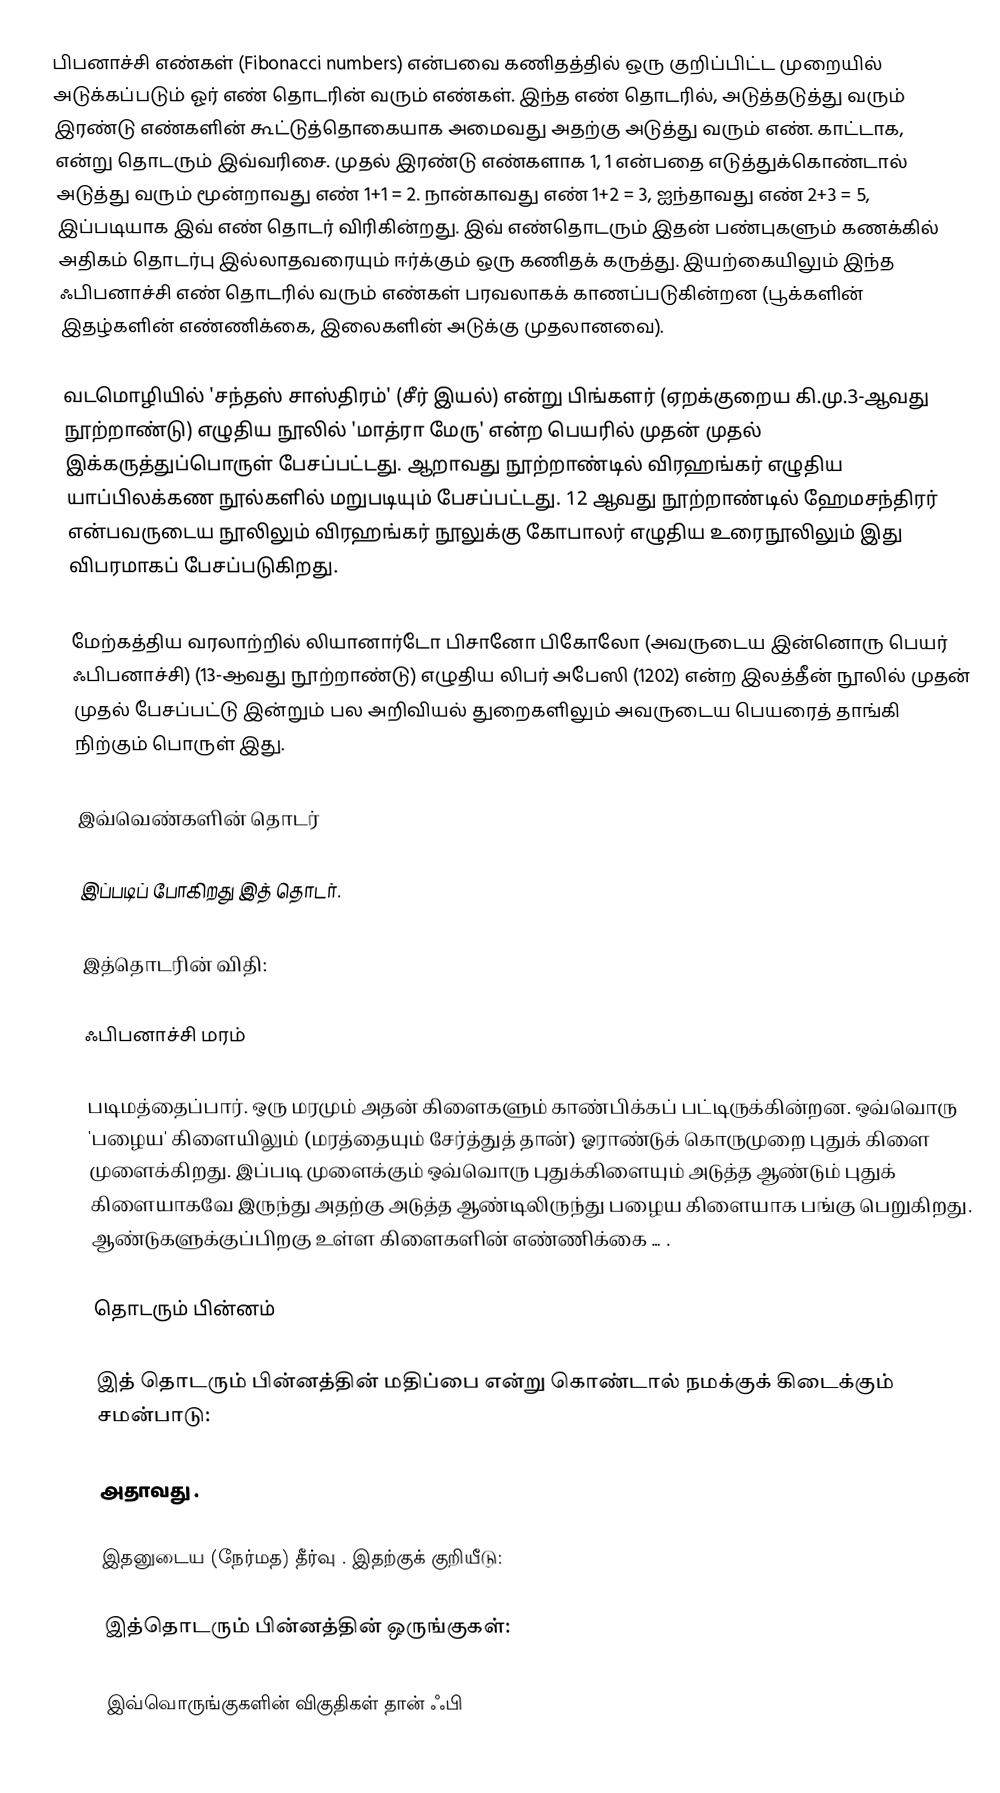
பிபனாச்சி எண்கள் (Fibonacci numbers) என்பவை கணிதத்தில் ஒரு குறிப்பிட்ட முறையில் அடுக்கப்படும் ஓர் எண் தொடரின் வரும் எண்கள். இந்த எண் தொடரில், அடுத்தடுத்து வரும் இரண்டு எண்களின் கூட்டுத்தொகையாக அமைவது அதற்கு அடுத்து வரும் எண். காட்டாக,  என்று தொடரும் இவ்வரிசை. முதல் இரண்டு எண்களாக 1, 1 என்பதை எடுத்துக்கொண்டால் அடுத்து வரும் மூன்றாவது எண் 1+1 = 2. நான்காவது எண் 1+2 = 3, ஐந்தாவது எண்  2+3 = 5, இப்படியாக இவ் எண் தொடர் விரிகின்றது. இவ் எண்தொடரும் இதன் பண்புகளும் கணக்கில் அதிகம் தொடர்பு இல்லாதவரையும் ஈர்க்கும் ஒரு கணிதக் கருத்து.  இயற்கையிலும்  இந்த ஃபிபனாச்சி எண் தொடரில் வரும் எண்கள் பரவலாகக் காணப்படுகின்றன (பூக்களின் இதழ்களின் எண்ணிக்கை, இலைகளின் அடுக்கு முதலானவை).

வடமொழியில் 'சந்தஸ் சாஸ்திரம்' (சீர் இயல்) என்று பிங்களர் (ஏறக்குறைய கி.மு.3-ஆவது நூற்றாண்டு) எழுதிய நூலில் 'மாத்ரா மேரு' என்ற பெயரில் முதன் முதல் இக்கருத்துப்பொருள் பேசப்பட்டது. ஆறாவது நூற்றாண்டில் விரஹங்கர் எழுதிய யாப்பிலக்கண நூல்களில் மறுபடியும் பேசப்பட்டது. 12 ஆவது நூற்றாண்டில் ஹேமசந்திரர் என்பவருடைய நூலிலும்  விரஹங்கர் நூலுக்கு கோபாலர் எழுதிய உரைநூலிலும் இது விபரமாகப் பேசப்படுகிறது.

மேற்கத்திய வரலாற்றில் லியானார்டோ பிசானோ பிகோலோ (அவருடைய இன்னொரு பெயர் ஃபிபனாச்சி) (13-ஆவது நூற்றாண்டு) எழுதிய லிபர் அபேஸி (1202)  என்ற இலத்தீன் நூலில்  முதன் முதல் பேசப்பட்டு இன்றும் பல அறிவியல் துறைகளிலும்  அவருடைய பெயரைத் தாங்கி நிற்கும்   பொருள் இது.

இவ்வெண்களின் தொடர்

இப்படிப் போகிறது இத் தொடர்.

இத்தொடரின் விதி:

ஃபிபனாச்சி மரம்

படிமத்தைப்பார். ஒரு மரமும் அதன் கிளைகளும் காண்பிக்கப் பட்டிருக்கின்றன. ஒவ்வொரு 'பழைய' கிளையிலும்  (மரத்தையும் சேர்த்துத் தான்) ஓராண்டுக் கொருமுறை புதுக் கிளை முளைக்கிறது.  இப்படி முளைக்கும் ஒவ்வொரு புதுக்கிளையும் அடுத்த ஆண்டும் புதுக் கிளையாகவே இருந்து அதற்கு அடுத்த ஆண்டிலிருந்து பழைய கிளையாக  பங்கு பெறுகிறது.  ஆண்டுகளுக்குப்பிறகு உள்ள கிளைகளின் எண்ணிக்கை   … .

தொடரும் பின்னம்

இத் தொடரும் பின்னத்தின் மதிப்பை   என்று கொண்டால்  நமக்குக் கிடைக்கும் சமன்பாடு:

  அதாவது  .

இதனுடைய (நேர்மத) தீர்வு   . இதற்குக் குறியீடு:

இத்தொடரும் பின்னத்தின் ஒருங்குகள்:

இவ்வொருங்குகளின் விகுதிகள் தான் ஃபி